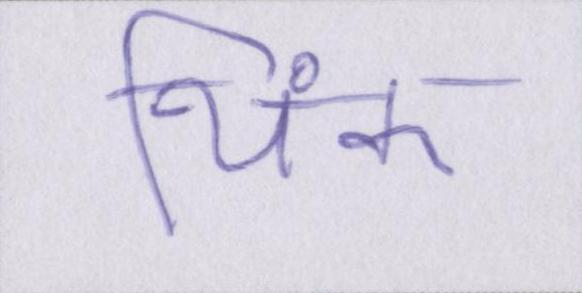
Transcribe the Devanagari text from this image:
थिंक